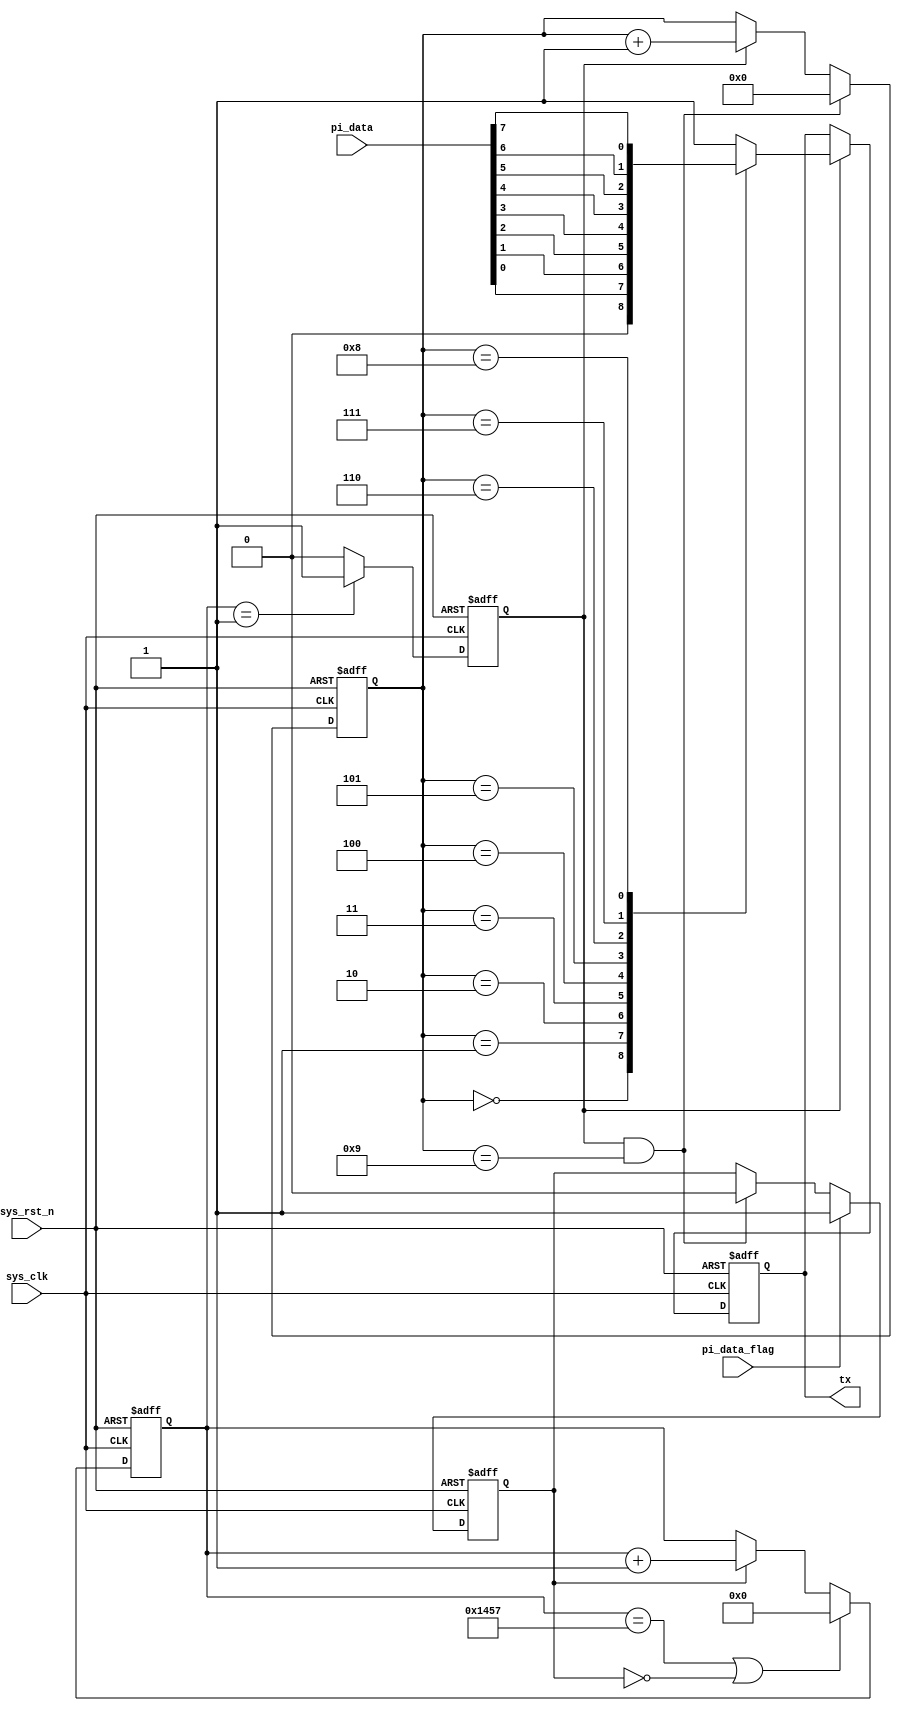
module uart_tx #(
    parameter BAUD_CNT_MAX = 13'd5207
) (
    input wire sys_clk,
    input wire sys_rst_n,
    input wire [7:0] pi_data,
    input wire pi_data_flag,
    output reg tx
);
    
    reg work_en;
    reg [12:0] baud_cnt;
    reg bit_flag;
    reg [3:0] bit_cnt;

    //when pi_data_flag=1, it means the parallel data is steady and we can deal with it.
    always @(posedge sys_clk or negedge sys_rst_n) begin
        if (sys_rst_n == 1'b0)
            work_en <= 1'b0;
        else if (pi_data_flag == 1'b1)
            work_en <= 1'b1;
        else if ((bit_flag == 1'b1) && (bit_cnt == 4'd9))
            work_en <= 1'b0;
    end

    //It takes baud_count for tx to send every single bit of the parallel data
    always @(posedge sys_clk or negedge sys_rst_n) begin
        if (sys_rst_n == 1'b0)
            baud_cnt <= 13'd0;
        else if ((baud_cnt == BAUD_CNT_MAX) || (work_en == 1'b0))
            baud_cnt <= 13'd0;
        else if (work_en == 1'b1)
            baud_cnt <= baud_cnt + 1'b1;
    end

    //when count to 1, set a pulse bit_flag to send a bit
    always @(posedge sys_clk or negedge sys_rst_n) begin
        if (sys_rst_n == 1'b0)
            bit_flag <= 1'b0;
        else if (baud_cnt == 13'd1)
            bit_flag <= 1'b1;
        else 
            bit_flag <= 1'b0;
    end

    //set a sequence of the data including start bit, but dont need stop bit 
    always @(posedge sys_clk or negedge sys_rst_n) begin
        if (sys_rst_n == 1'b0)
            bit_cnt <= 4'd0;
        else if ((bit_flag == 1'b1) && (bit_cnt == 4'd9))
            bit_cnt <= 4'd0;
        else if (bit_flag == 1'b1)
            bit_cnt <= bit_cnt + 1'b1;
    end

    //transform the paralle to serial data and send out
    always @(posedge sys_clk or negedge sys_rst_n) begin
        if (sys_rst_n == 1'b0)
            tx <= 1'b1;
        else if (bit_flag == 1'b1)
            case (bit_cnt)
                0: tx <= 1'b0;
                1: tx <= pi_data[0];
                2: tx <= pi_data[1];
                3: tx <= pi_data[2];
                4: tx <= pi_data[3];
                5: tx <= pi_data[4];
                6: tx <= pi_data[5];
                7: tx <= pi_data[6];
                8: tx <= pi_data[7];
                9: tx <= 1'b1;
                default: tx <= 1'b1;
            endcase
    end
endmodule